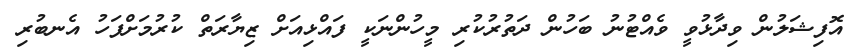
އޮފިޝަލުން ވިދާޅުވީ ވެއްޓުނު ބަހުން ދަތުރުކުރި މީހުންނަކީ ފައްޅިއަށް ޒިޔާރަތް ކުރުމަށްފަހު އެނބުރި